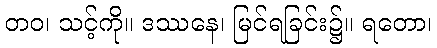
တဝ၊ သင့်ကို။ ဒဿနေ၊ မြင်ရခြင်း၌။ ရတော၊